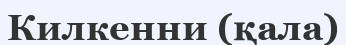
Килкенни (қала)